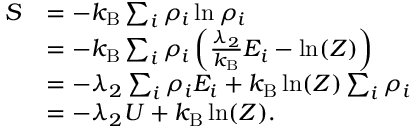
{ \begin{array} { r l } { S } & { = - k _ { \mathrm { B } } \sum _ { i } \rho _ { i } \ln \rho _ { i } } \\ & { = - k _ { \mathrm { B } } \sum _ { i } \rho _ { i } \left( { \frac { \lambda _ { 2 } } { k _ { \mathrm { B } } } } E _ { i } - \ln ( Z ) \right) } \\ & { = - \lambda _ { 2 } \sum _ { i } \rho _ { i } E _ { i } + k _ { \mathrm { B } } \ln ( Z ) \sum _ { i } \rho _ { i } } \\ & { = - \lambda _ { 2 } U + k _ { \mathrm { B } } \ln ( Z ) . } \end{array} }